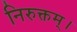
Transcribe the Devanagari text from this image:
निरुक्तम्।